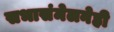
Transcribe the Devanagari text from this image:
सभासंमेलनेही